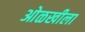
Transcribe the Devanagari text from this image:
ओळखीला